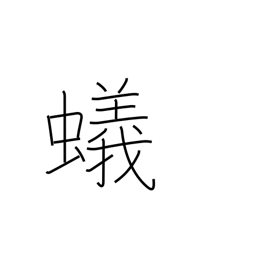
Meaning: ant